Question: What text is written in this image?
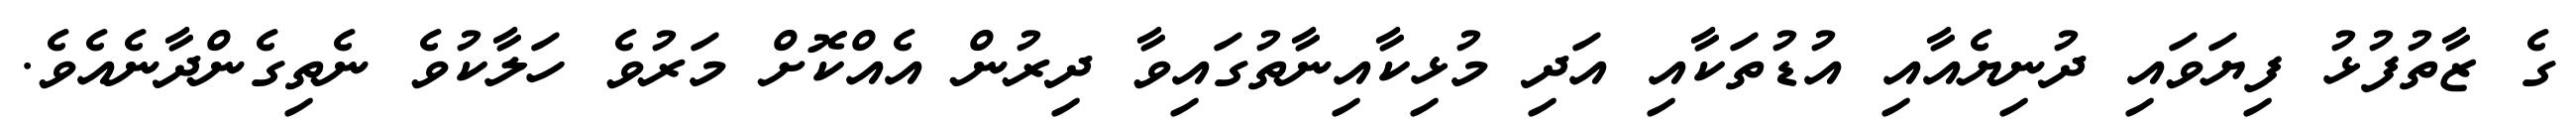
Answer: ގެ ޒާތުފުޅު ފިޔަވައި ދުނިޔެއާއި އުޑުތަކާއި އަދި މުޅިކާއިނާތުގައިވާ ދިރުން އެއްކޮށް މަރުވެ ހަލާކުވެ ނެތިގެންދާނެއެވެ.